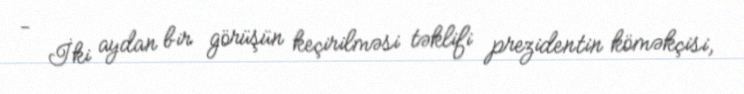
- İki aydan bir görüşün keçirilməsi təklifi prezidentin köməkçisi,